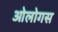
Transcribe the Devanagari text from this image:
ओलोगस